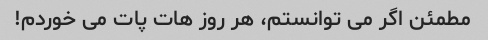
مطمئن اگر می توانستم، هر روز هات پات می خوردم!